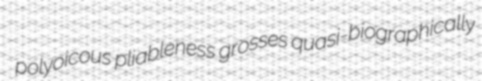
polyoicous pliableness grosses quasi-biographically